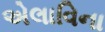
એલાવિના